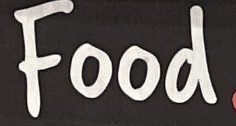
Food